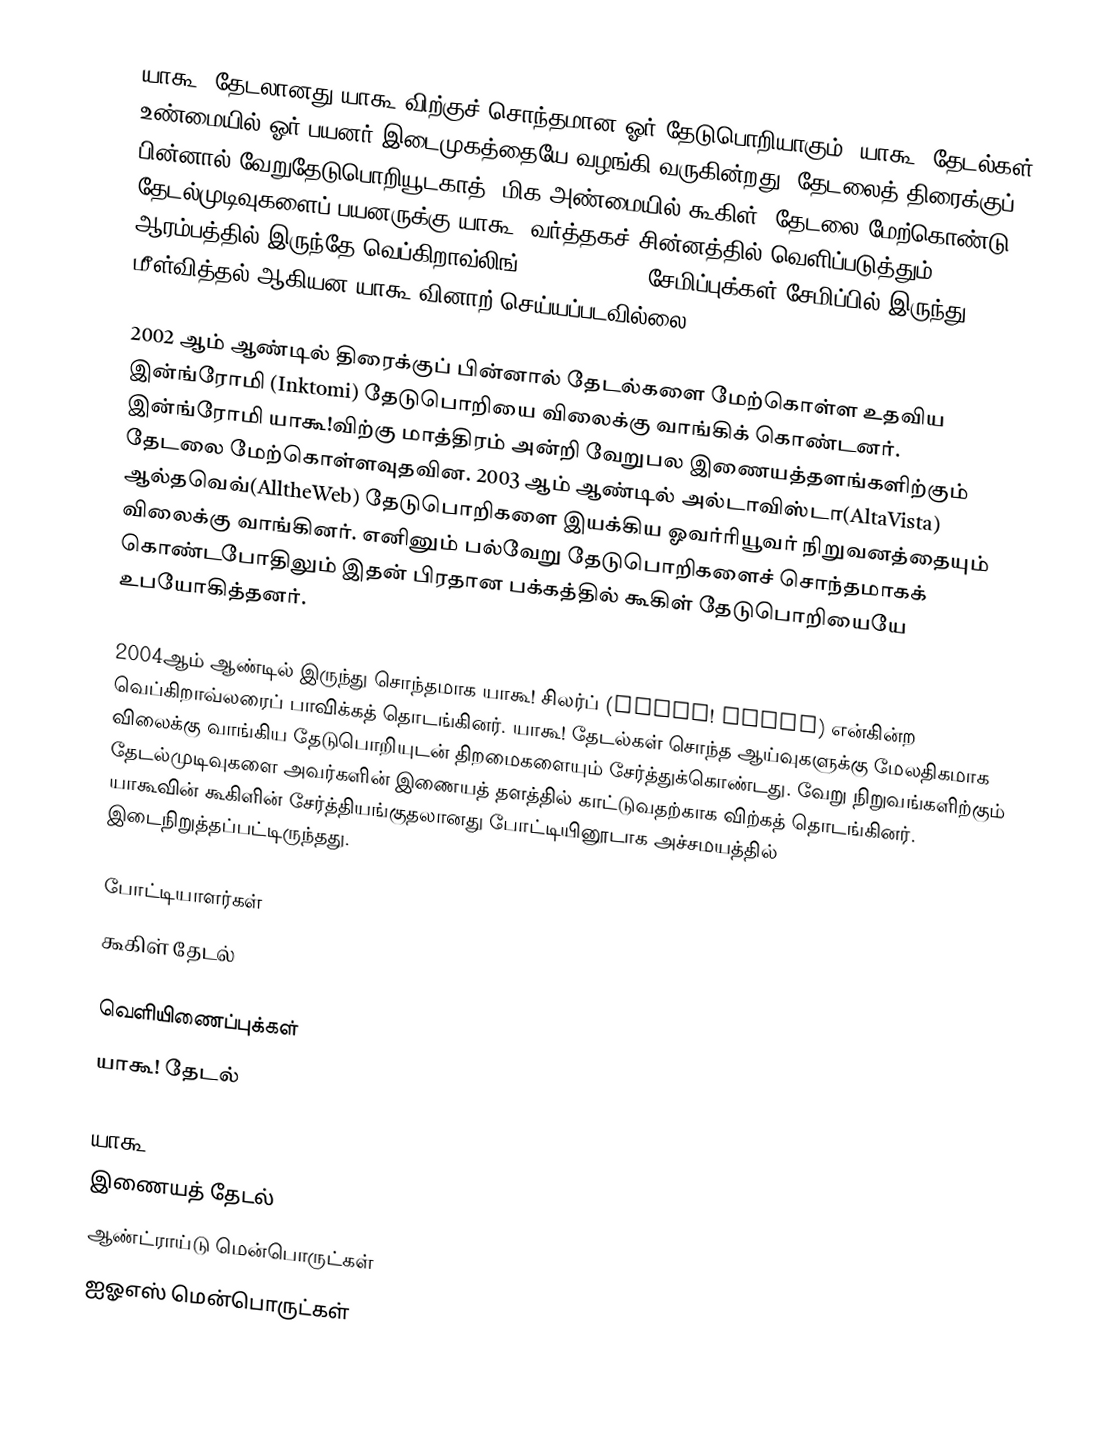
யாகூ! தேடலானது யாகூ!விற்குச் சொந்தமான ஓர் தேடுபொறியாகும். யாகூ! தேடல்கள் உண்மையில் ஓர் பயனர் இடைமுகத்தையே வழங்கி வருகின்றது. தேடலைத் திரைக்குப் பின்னால் வேறுதேடுபொறியூடகாத் (மிக அண்மையில் கூகிள்) தேடலை மேற்கொண்டு தேடல்முடிவுகளைப் பயனருக்கு யாகூ! வர்த்தகச் சின்னத்தில் வெளிப்படுத்தும். ஆரம்பத்தில் இருந்தே வெப்கிறாவ்லிங் (Webcrawling) சேமிப்புக்கள்/சேமிப்பில் இருந்து மீள்வித்தல் ஆகியன யாகூ!வினாற் செய்யப்படவில்லை.

2002 ஆம் ஆண்டில் திரைக்குப் பின்னால் தேடல்களை மேற்கொள்ள உதவிய இன்ங்ரோமி (Inktomi) தேடுபொறியை விலைக்கு வாங்கிக் கொண்டனர். இன்ங்ரோமி யாகூ!விற்கு மாத்திரம் அன்றி வேறுபல இணையத்தளங்களிற்கும் தேடலை மேற்கொள்ளவுதவின. 2003 ஆம் ஆண்டில் அல்டாவிஸ்டா(AltaVista) ஆல்தவெவ்(AlltheWeb) தேடுபொறிகளை இயக்கிய ஓவர்ரியூவர் நிறுவனத்தையும் விலைக்கு வாங்கினர். எனினும் பல்வேறு தேடுபொறிகளைச் சொந்தமாகக் கொண்டபோதிலும் இதன் பிரதான பக்கத்தில் கூகிள் தேடுபொறியையே உபயோகித்தனர்.

2004ஆம் ஆண்டில் இருந்து சொந்தமாக யாகூ! சிலர்ப் (Yahoo! Slurp) என்கின்ற வெப்கிறாவ்லரைப் பாவிக்கத் தொடங்கினர். யாகூ! தேடல்கள் சொந்த ஆய்வுகளுக்கு மேலதிகமாக விலைக்கு வாங்கிய தேடுபொறியுடன் திறமைகளையும் சேர்த்துக்கொண்டது. வேறு நிறுவங்களிற்கும் தேடல்முடிவுகளை அவர்களின் இணையத் தளத்தில் காட்டுவதற்காக விற்கத் தொடங்கினர்.  யாகூவின் கூகிளின் சேர்த்தியங்குதலானது போட்டியினூடாக அச்சமயத்தில் இடைநிறுத்தப்பட்டிருந்தது.

போட்டியாளர்கள்
கூகிள் தேடல்

வெளியிணைப்புக்கள்
யாகூ! தேடல்

யாகூ
இணையத் தேடல்
ஆண்ட்ராய்டு மென்பொருட்கள்
ஐஓஎஸ் மென்பொருட்கள்